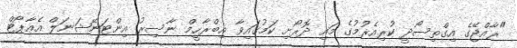
"ރާއްޖޭގެ އިގްތިސޯދީ ކުރިއެރުމުގެ މައި ދޮރޯށި ކަމުގައިވާ އިބްރާހީމް ނާސިރު އިންޓަނޭޝަނަލް އެއާޕޯޓް